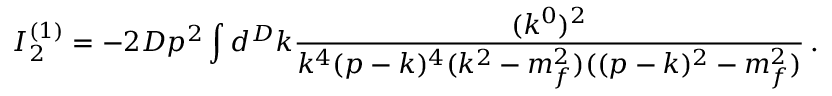
I _ { 2 } ^ { ( 1 ) } = - 2 D p ^ { 2 } \int d ^ { D } k \frac { ( k ^ { 0 } ) ^ { 2 } } { k ^ { 4 } ( p - k ) ^ { 4 } ( k ^ { 2 } - m _ { f } ^ { 2 } ) ( ( p - k ) ^ { 2 } - m _ { f } ^ { 2 } ) } \, .